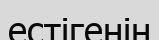
естігенін